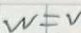
w = v